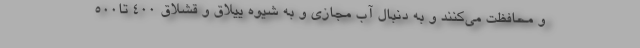
و محافظت می‌کنند و به دنبال آب مجازی و به شیوه ییلاق و قشلاق ۴۰۰ تا۵۰۰